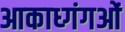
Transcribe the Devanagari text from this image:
आकाध्गंगओं